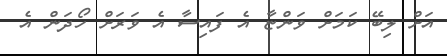
އަށް ލިބޭ ކަމަށް ވަންޏާ އެ ފައިސާ އެ ވަރަށް ހޯދަން އެ